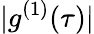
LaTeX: |g^{(1)}(\tau)|